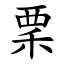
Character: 䅇